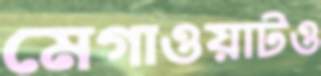
মেগাওয়াটও